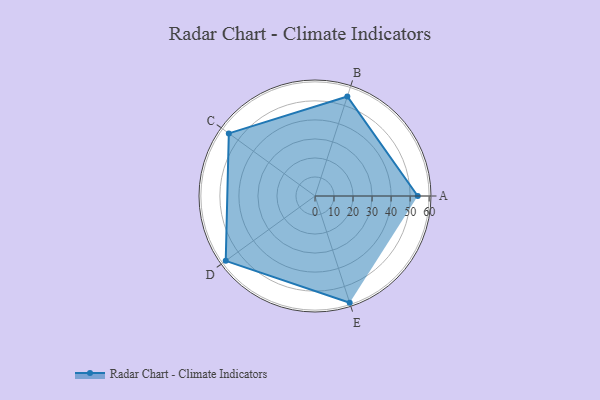
{"axis": {"x": "Skill", "y": "Score"}, "legend": ["Profile"], "data": [{"x": "A", "y": 54.0, "type": "Profile"}, {"x": "B", "y": 55.0, "type": "Profile"}, {"x": "C", "y": 56.0, "type": "Profile"}, {"x": "D", "y": 58.0, "type": "Profile"}, {"x": "E", "y": 59.0, "type": "Profile"}]}